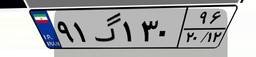
۹۱گ۱۳۰۹۶